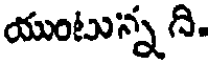
యుంటున్న ది.